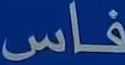
فاس